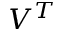
V ^ { T }